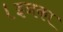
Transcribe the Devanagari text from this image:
।इनका